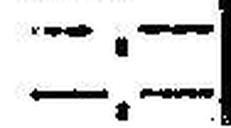
—.—